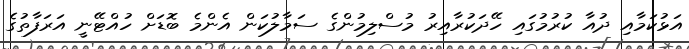
އަޅުކަމާއި ދުއާ ކުރުމުގައި ހޭދަކުރާއިރު މުސްލިމުންގެ ސަމާލުކަން އެންމެ ބޮޑަށް ހުއްޓޭނީ އަރަފާތުގެ